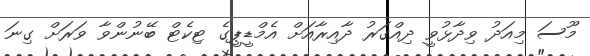
މޫސަ މިއަދު ވިދާޅުވީ ދިއްގަރު ދާއިރާއަށް އެމްޑީޕީގެ ޓިކެޓް ބޭނުންވާ ވަރަށް ގިނަ